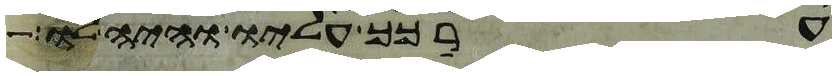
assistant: ערכך עליו והיה לו